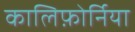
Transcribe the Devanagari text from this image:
कालिफ़ोर्निया